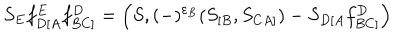
S _ { E } f _ { D [ A } ^ { E } f _ { B C ] } ^ { D } = \left( S , ( - ) ^ { \varepsilon _ { B } } ( S _ { [ B } , S _ { C A ] } ) - S _ { D [ A } f _ { B C ] } ^ { D } \right)